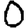
Digit: 0